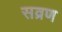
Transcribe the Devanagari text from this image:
सव्रण